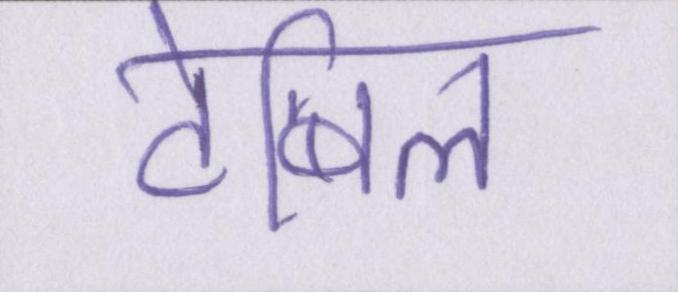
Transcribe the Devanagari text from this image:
टेबिल